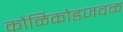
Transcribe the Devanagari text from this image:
कोळिकोडजवळ